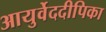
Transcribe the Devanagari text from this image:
आयुर्वेददीपिका